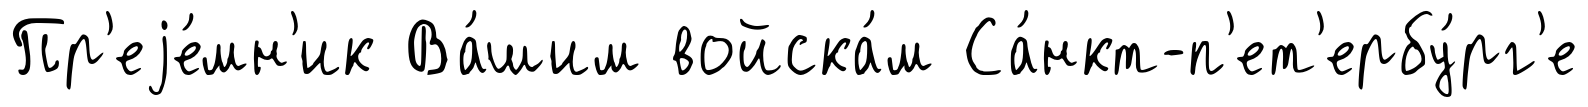
Пр'еjе́мн'ик Ва́шим войска́м Са́нкт-п'ет'ербу́рг'е